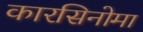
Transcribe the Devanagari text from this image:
कारसिनोमा